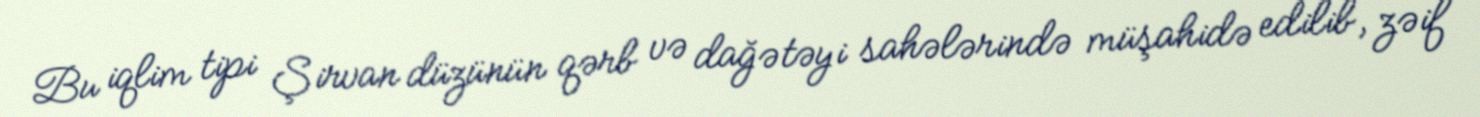
Bu iqlim tipi Şirvan düzünün qərb və dağətəyi sahələrində müşahidə edilib, zəif